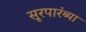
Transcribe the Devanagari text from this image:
सूरपारंब्या